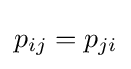
p_{ij}=p_{ji}